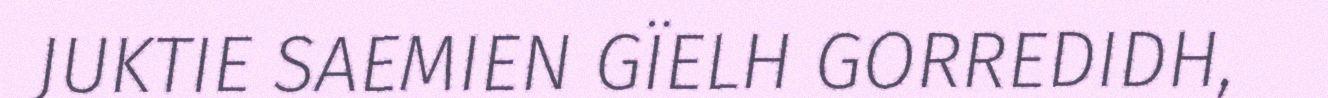
JUKTIE SAEMIEN GÏELH GORREDIDH,